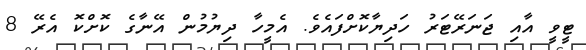
ޓީވީ އާއި ޖަނަރޭޓަރު ހަދިޔާކޮށްފައެވެ. އެމީހާ ދިޔުމުން އޭނާގެ ކޮށްކޮ އެރޭ 8